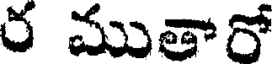
ర ముతారో